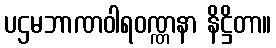
ပဌမဘာဏဝါရဝဏ္ဏနာ နိဋ္ဌိတာ။